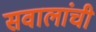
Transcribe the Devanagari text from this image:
सवालांची